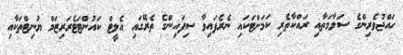
ހައްޖުވެރިންގެ ސަލާމަތާއި ރައްކާތެރި ކަމަށްޓަކައި ނެރެފައިވާ ސިފައިންގެ ތެރޭގައި އެލީޓް ކައުންޓަޓެރަރިޒަމް ޔުނިޓްތަކާއި